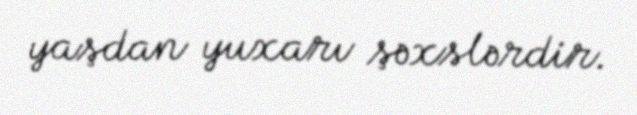
yaşdan yuxarı şəxslərdir.